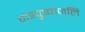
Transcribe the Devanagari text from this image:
मंत्रपुष्पांजलि